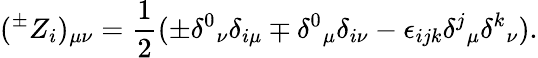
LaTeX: (^{\pm}Z_{i})_{\mu\nu}=\frac{1}{2}(\pm\delta^{0}{}_{\nu}\delta_{i\mu}\mp\delta^{0}{}_{\mu}\delta_{i\nu}-\epsilon_{ijk}\delta^{j}{}_{\mu}\delta^{k}{}_{\nu}).